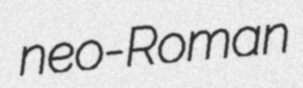
neo-Roman